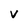
Character: v